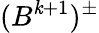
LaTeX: (B^{\mathit{k}+1})^{\pm}